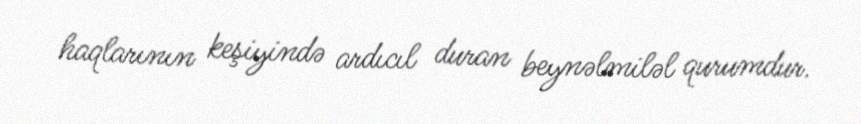
haqlarının keşiyində ardıcıl duran beynəlmiləl qurumdur.